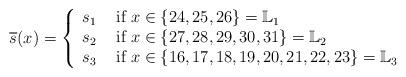
LaTeX: \begin{align*}\overline{s}(x)=\left\{\begin{array}{cl} s_1 & \mbox{ if } x\in\{24, 25, 26\} =\mathbb L_1 \\ s_2 & \mbox{ if } x \in \{27, 28, 29, 30, 31\}=\mathbb L_2\\ s_3 & \mbox{ if } x\in\{16, 17, 18, 19, 20, 21, 22, 23\}=\mathbb L_3\\\end{array}\right. \end{align*}